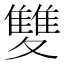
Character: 𩀱